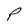
Character: P